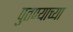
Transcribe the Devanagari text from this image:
पुतण्याच्या